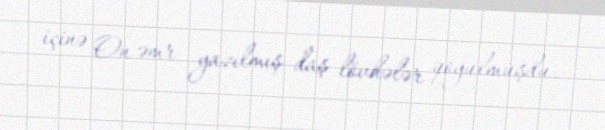
içinə On əmr yazılmış daş lövhələr qoyulmuşdu.